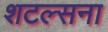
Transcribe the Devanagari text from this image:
शटल्सना